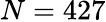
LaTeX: N=427